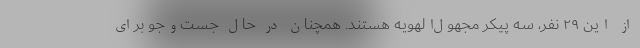
از این ۲۹ نفر، سه پیکر مجهول‌الهویه هستند. همچنان در حال جست‌وجو برای